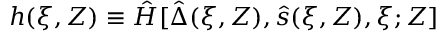
h ( \xi , Z ) \equiv \hat { H } [ \hat { \Delta } ( \xi , Z ) , \hat { s } ( \xi , Z ) , \xi ; Z ]